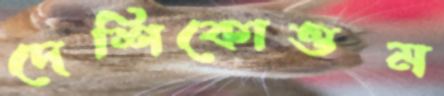
দেশিকোত্তম